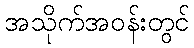
အသိုက်အဝန်းတွင်